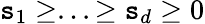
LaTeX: \mathtt{s}_{1}\geq...\geq\mathtt{s}_{d}\geq0